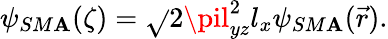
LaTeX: \psi_{SM\mathbf{A}}(\zeta)=\sqrt{}{{2\pil_{yz}^{2}l_{x}}}\psi_{SM\mathbf{A}}(\vec{{r}}).